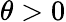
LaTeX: \theta>0